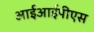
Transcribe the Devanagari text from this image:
आईआईपीएस